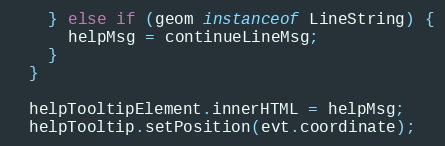
Language: JavaScript
    } else if (geom instanceof LineString) {
      helpMsg = continueLineMsg;
    }
  }

  helpTooltipElement.innerHTML = helpMsg;
  helpTooltip.setPosition(evt.coordinate);